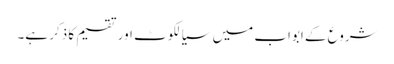
شروع کے ابواب میں سیالکوٹ اور تقسیم کا ذکر ہے۔